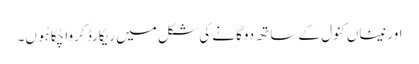
اور نیناں کنول کے ساتھ دوگانے کی شکل میں ریکارڈ کروا چُکا ہُوں۔